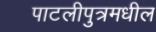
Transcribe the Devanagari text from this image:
पाटलीपुत्रमधील